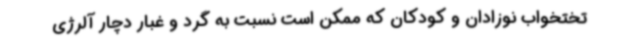
تختخواب نوزادان و کودکان که ممکن است نسبت به گرد و غبار دچار آلرژی